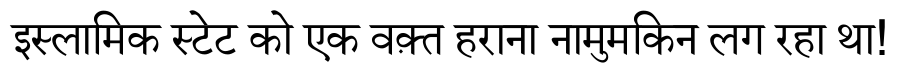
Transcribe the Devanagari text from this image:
इस्लामिक स्टेट को एक वक़्त हराना नामुमकिन लग रहा था!